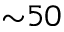
{ \sim } 5 0